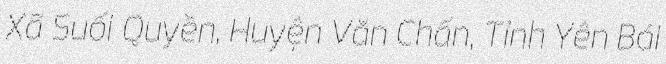
Xã Suối Quyền, Huyện Văn Chấn, Tỉnh Yên Bái